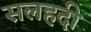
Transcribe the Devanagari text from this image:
सलहदी